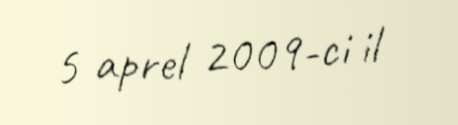
5 aprel 2009-ci il